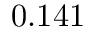
0 . 1 4 1